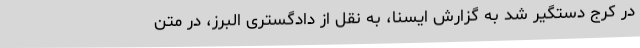
در کرج دستگیر شد به گزارش ایسنا، به نقل از دادگستری البرز، در متن